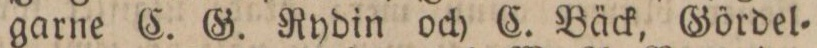
garne C. G. Rydin och C. Bäck, Gördel=